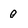
Character: 0